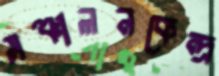
সঞ্চালনকেন্দ্র